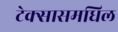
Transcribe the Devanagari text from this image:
टेक्सासमधिल